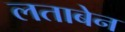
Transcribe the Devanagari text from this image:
लताबेन